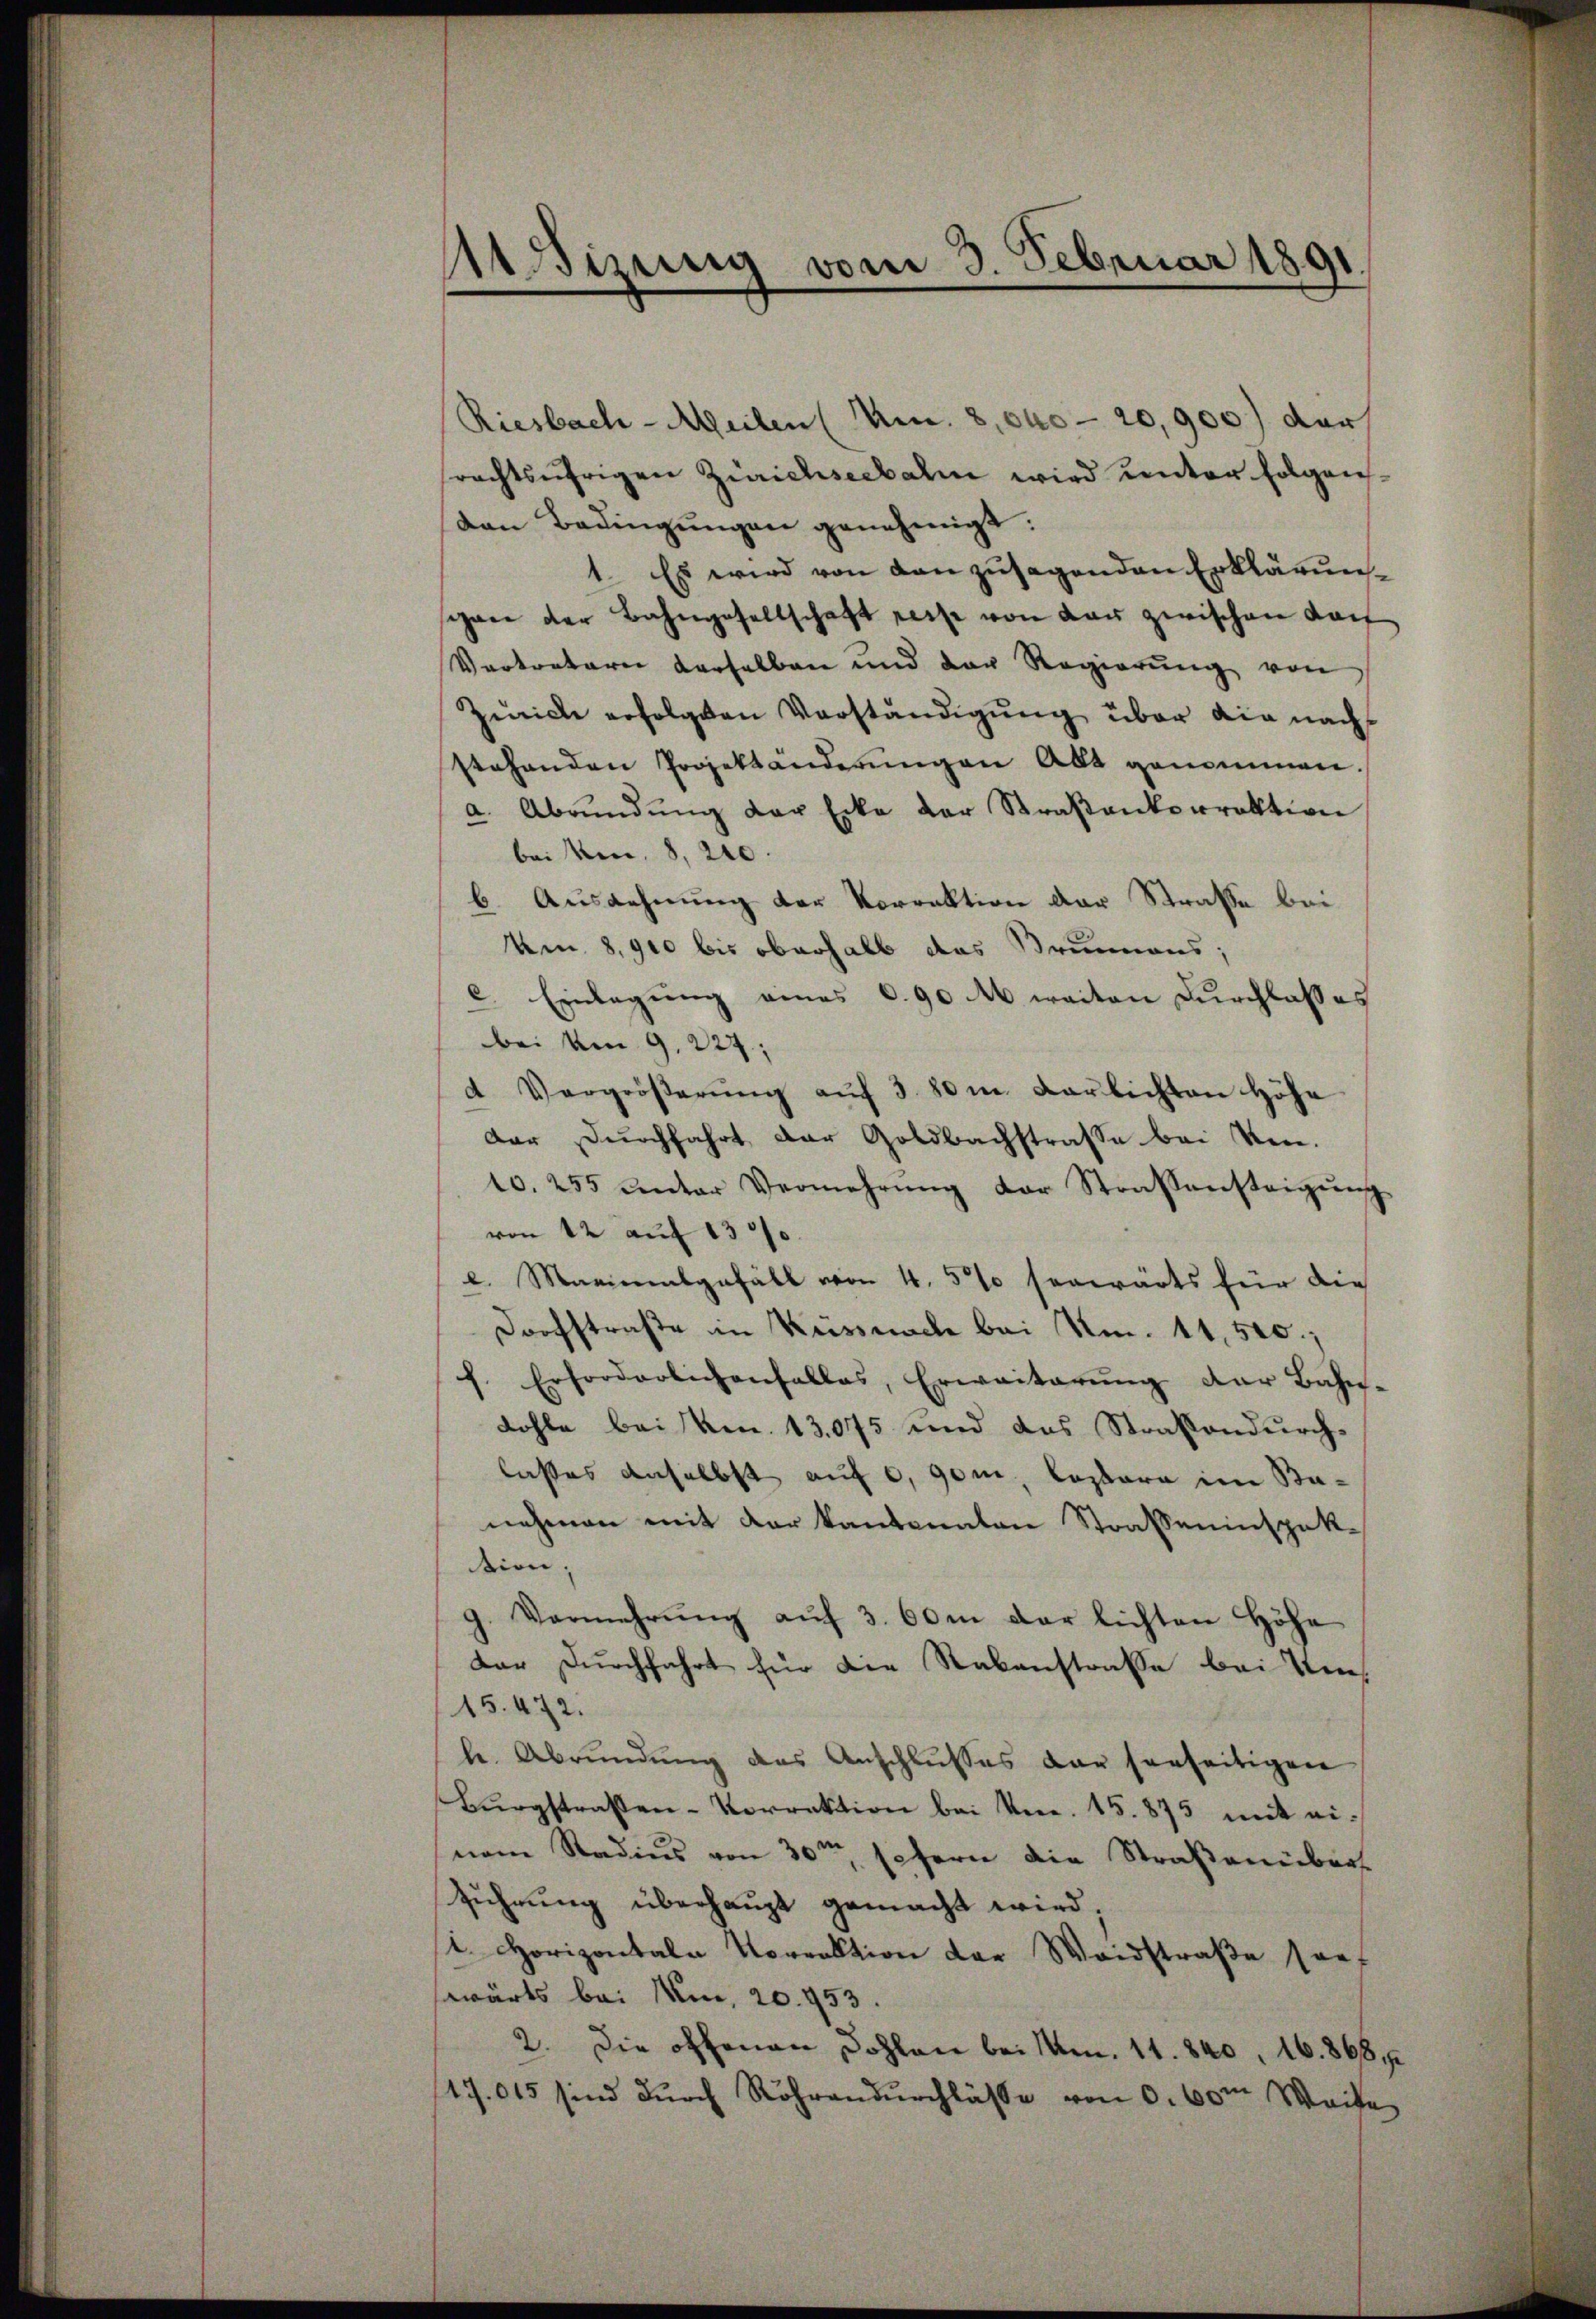
Mdizung vom 3. Februar 1891.

Riesbach-Meilen (Um 8,040 - 20,900) der
rechtsährigen Zürichseebalen wird unter folgen.
den Bedingŭngen genehmigt.
1. Es wird von den zusagenden Erklärunschen der Bahngesellschaft reise von der zwischen Kauf
Vertreterer derselben und der Regierŭng von
Zürich erfolgten Verständigung über die nach
stehenden Projektänderŭngen Abt genommen.
a. Abrŭndŭng der Ecke der Straßenkorrektion
bei ken, 8, 220.
b. Ausdehnung der Vorrektion der Straße bei
Um 8,910 bis oberhalb das Brunnens;
c. Einlagung eines C.90 M. weiten Durchlasses
bei am 9. 227;
 Vergröβerŭng aŭf 3.80m Carlichten höhe
Der Durchfahrt der Goldbachstrasse bei Ven.
10. 255 unter Vermehrŭng der Strassensteigŭng
von 12 auf 1300
e
e. Marinalgefäll von 4. 5% herwärts für die
Dorfstraße in Küssnache bei Am. 11,500.
f. Erforderlichenfalles, Erweiterŭng der Bahn-
Kohle bei kn. 13,075 und das Straßendurch-
lasses anselbst auf c, 90m, Cassare im Banehmen mit der kantonalen Strasseninspeksion
g. Vermehrŭng aŭf 3. 60m der lichten Höhe
dar Durchfahrt für die Rebenstraße bei Ver¬
15. 472.
le. Abrŭndŭng des Anschlŭsses dar herseitigen
Burgstraßen-Vorrektion bei Ven. 15. 875 mit ei-
nem Stadius von 30ten sofern die Straßenüberführung überhaupt gemacht wird.
st. Horizontale Vorrektion der Waidstraße son
swärts bei Mi, 20. 453.
2. Die offenen Dohlen bei M. 11. 840, 16. 868
47.015 sind durch Röhrendurchlässe von 0.60m Weite